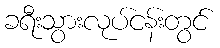
ခရီးသွားလုပ်ငန်းတွင်